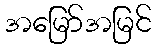
အမြော်အမြင်